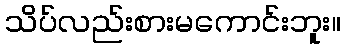
သိပ်လည်းစားမကောင်းဘူး။